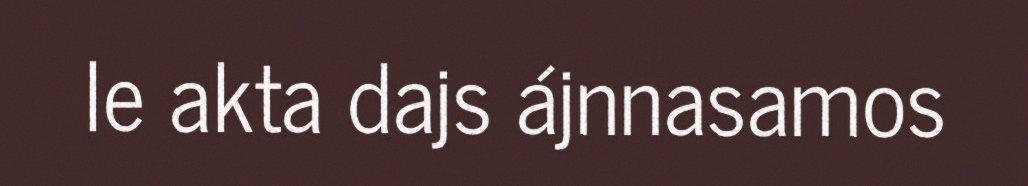
le akta dajs ájnnasamos